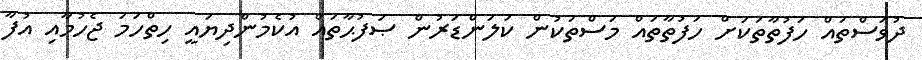
ދުވަސްތައް ހަފުތާތަކަށް ހަފުތާތައް މަސްތަކުން ކަލަންޑަރުން ޞަފުޙާތައް އުކެމުންދިޔައީ ހިތްހަމަ ޖެހުމާއި އުފާ